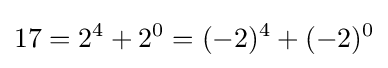
17=2^{4}+2^{0}=(-2)^{4}+(-2)^{0}